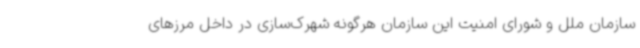
سازمان ملل و شورای امنیت این سازمان هرگونه شهرک‌سازی در داخل مرزهای